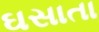
ઘસાતા